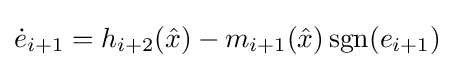
{\dot {e}}_{i+1}=h_{i+2}({\hat {x}})-m_{i+1}({\hat {x}})\operatorname {sgn}(e_{i+1})